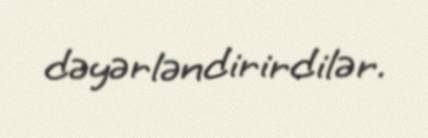
dəyərləndirirdilər.